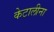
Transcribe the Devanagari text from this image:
केटालीना